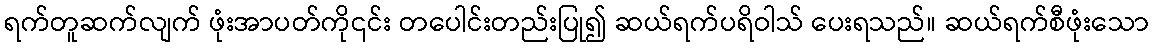
ရက်တူဆက်လျက် ဖုံးအာပတ်ကို၎င်း တပေါင်းတည်းပြု၍ ဆယ်ရက်ပရိဝါသ် ပေးရသည်။ ဆယ်ရက်စီဖုံးသော